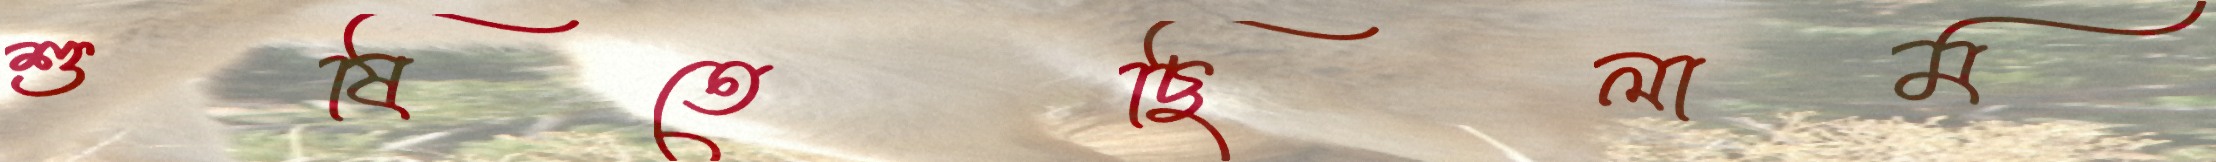
শুষিতেছিলাম